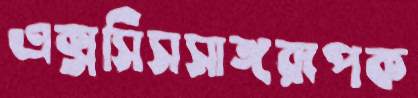
এক্সসিসসাঙ্গরূপক